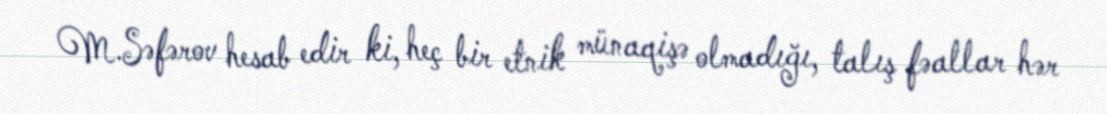
M.Səfərov hesab edir ki, heç bir etnik münaqişə olmadığı, talış fəallar hər